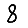
Digit: 8